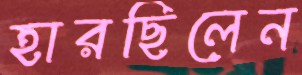
হারছিলেন